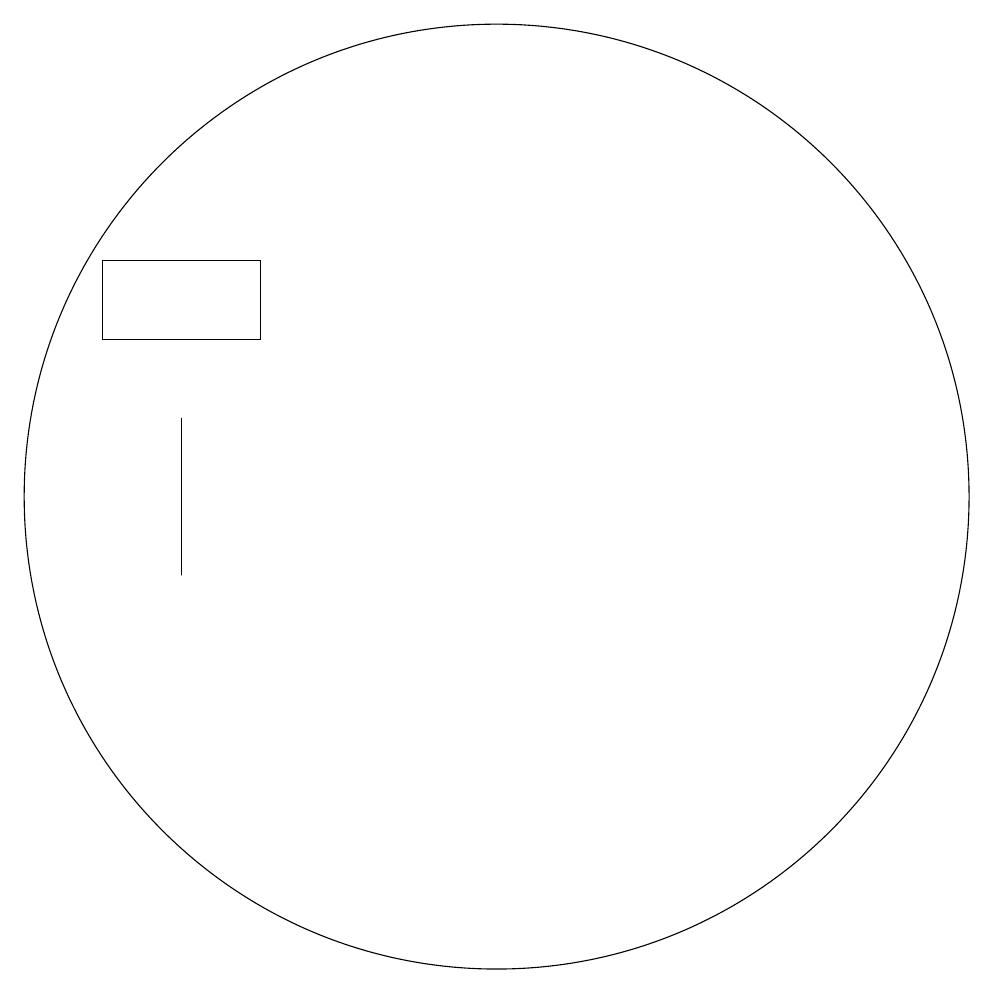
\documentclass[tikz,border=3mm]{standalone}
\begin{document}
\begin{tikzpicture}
\draw (5,15) rectangle (7,14);
\draw (10,12) circle (6);
\draw (6,11) rectangle (6,13);
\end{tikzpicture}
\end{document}